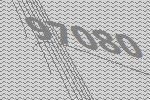
97080